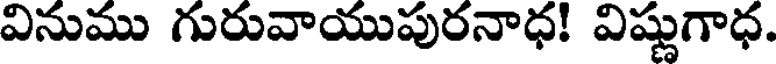
వినుము గురువాయుపురనాధ! విష్ణుగాధ.